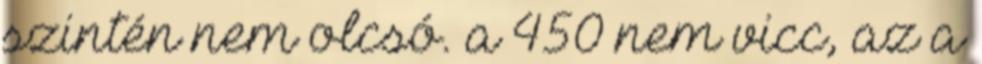
szintén nem olcsó. a 450 nem vicc, az a